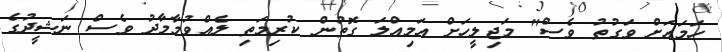
ހަމައަށް ވަގުތު ވެސް" މަޖިލީހަށް އަމިއްލަ ގޮތުން ކުރިމަތި ލެއްވުމާމާދު ވެސް ނަޝީދުގެ